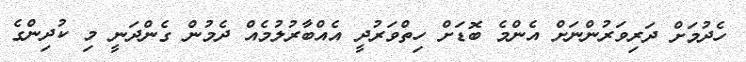
ހެދުމަށް ދަރިވަރުންނަށް އެންމެ ބޮޑަށް ހިތްވަރުދީ އެއްބާރުލުމެއް ދެމުން ގެންދަނީ މި ކުދިންގެ